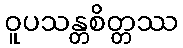
ဝူပသန္တစိတ္တဿ